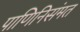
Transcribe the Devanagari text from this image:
पाणिनिसंमत